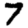
Digit: 7